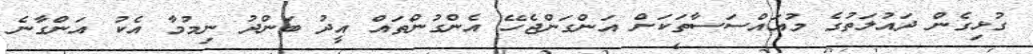
ގުޅިގެން ދައުލަތުގެ މުއައްސަސާތަކަށް އަންގަންޖެހޭ އެންގުންތައް އީދު ބަންދު ނިމުމާ އެކު އަންގާނެ